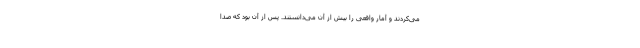
می‌کردند و آمار واقعی را بیش از آن می‌دانستند. پس از آن بود که صدا